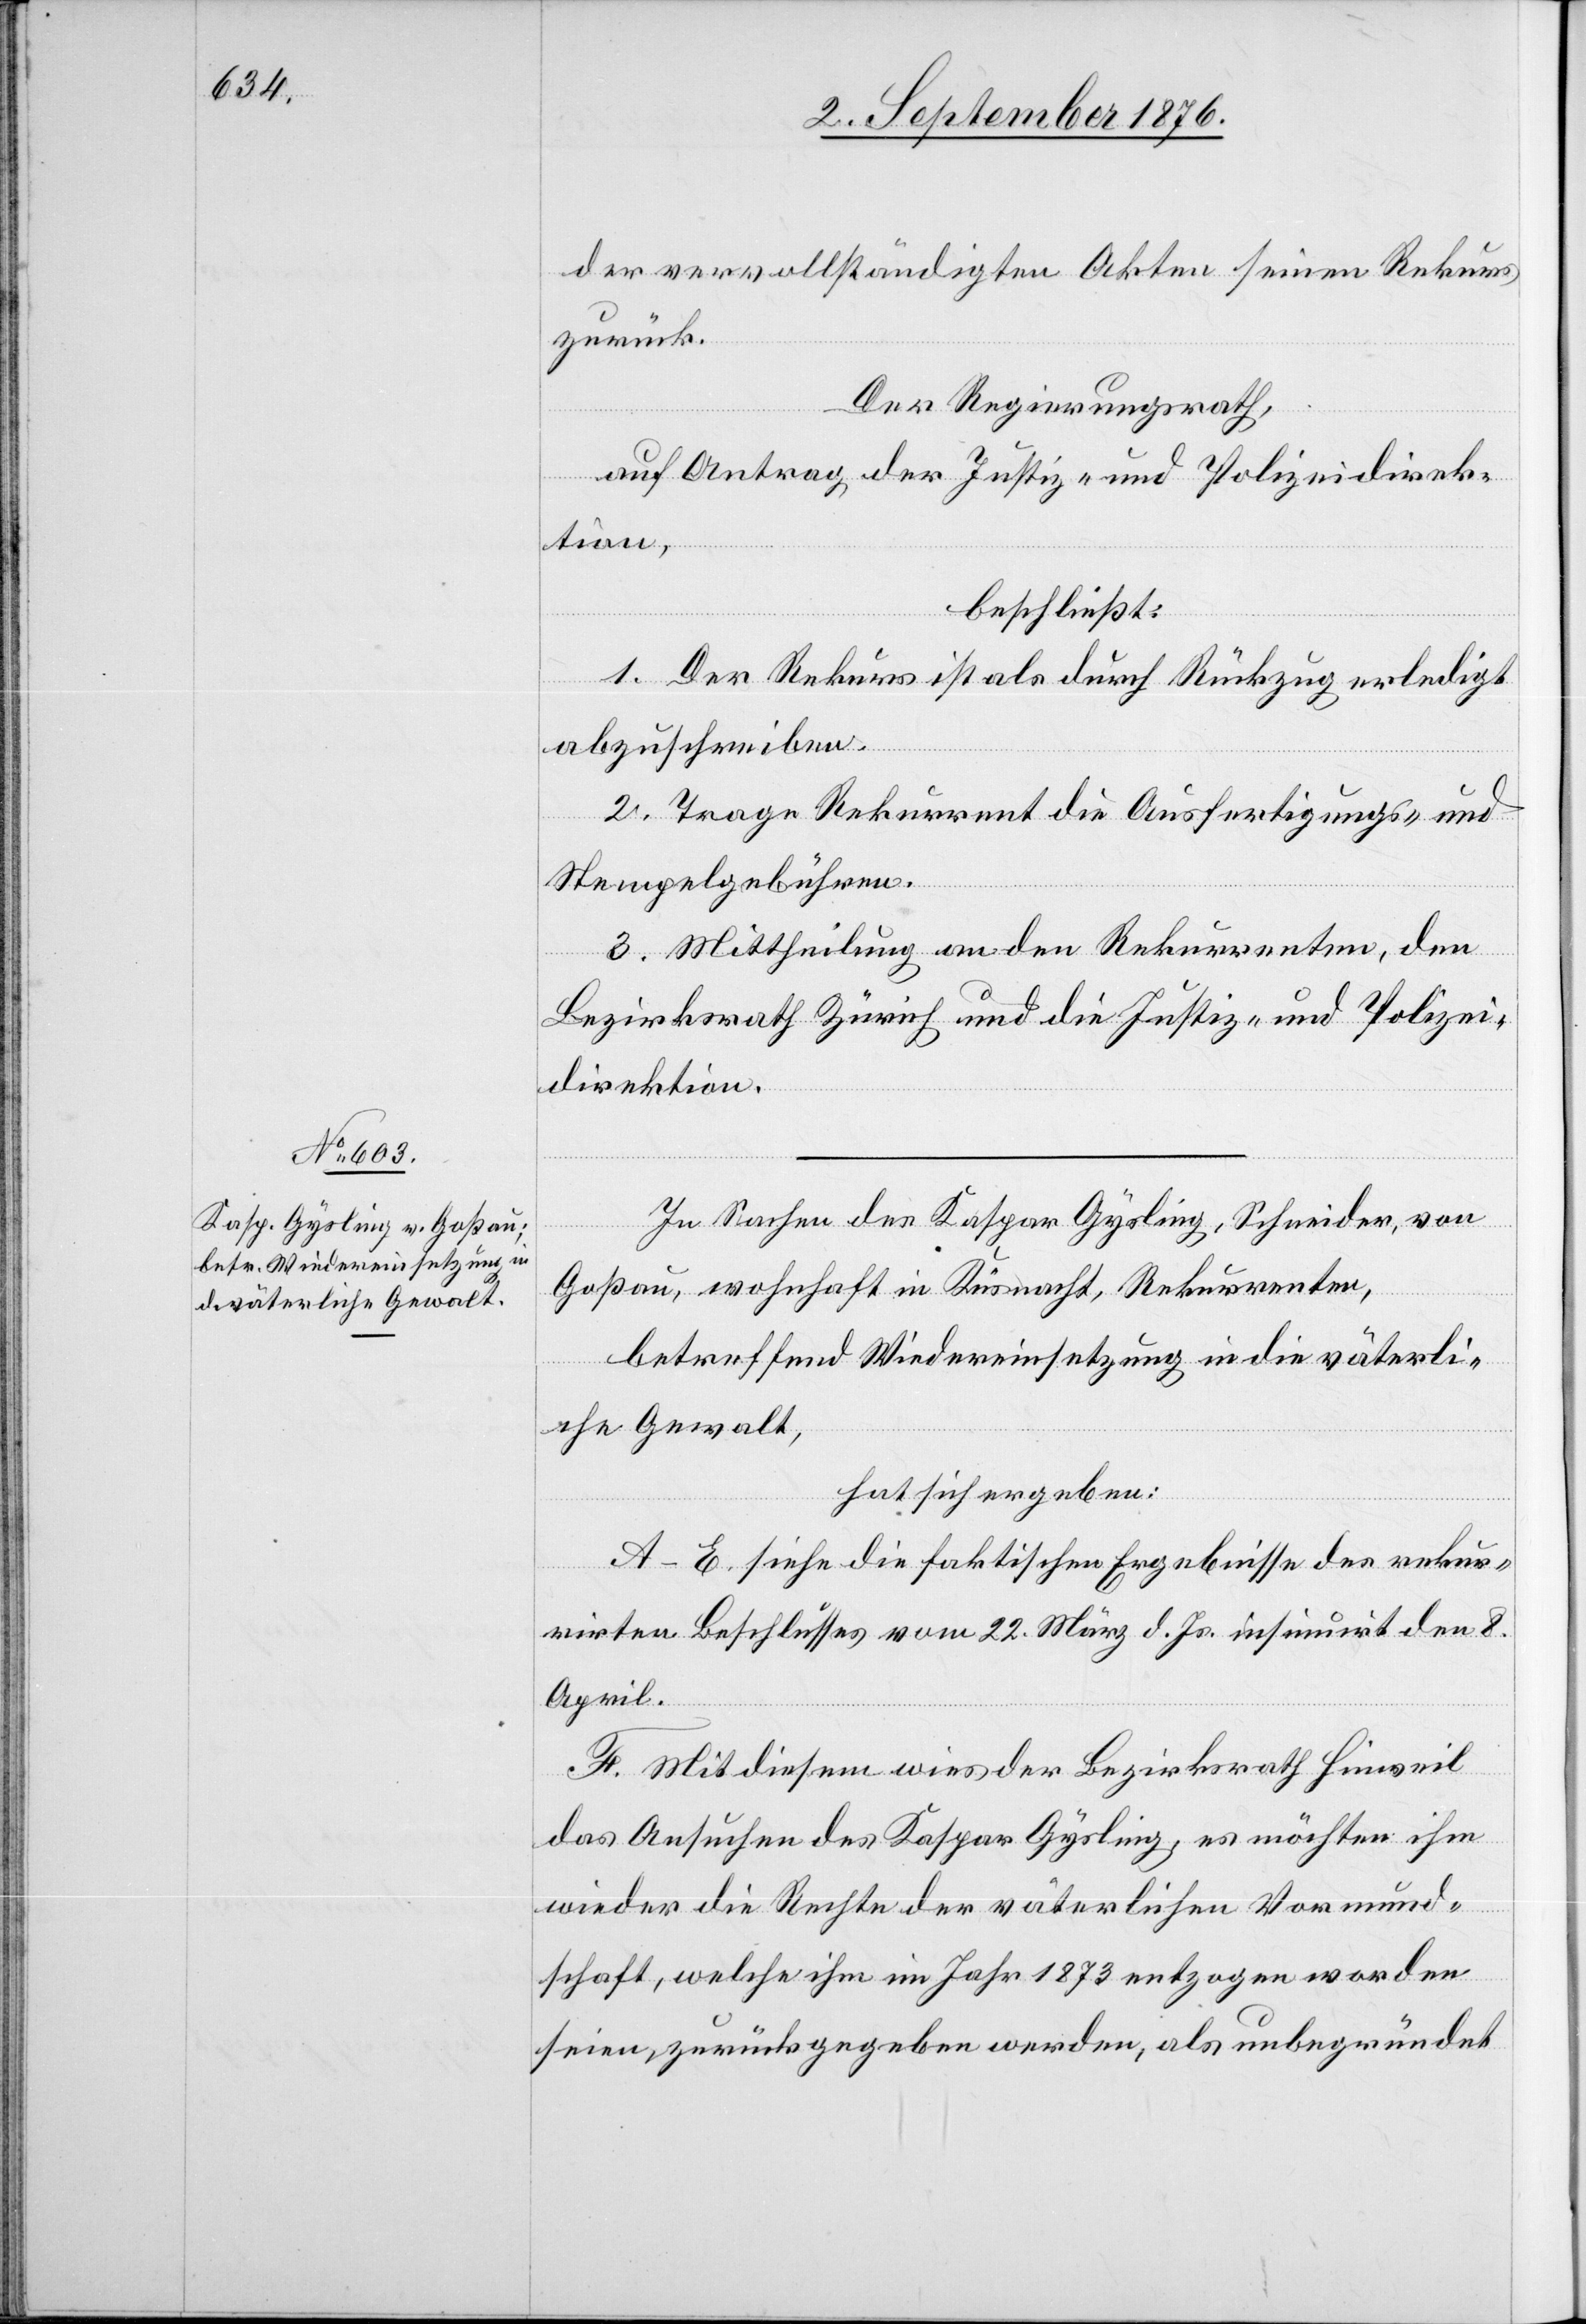
der vervollständigten Akten seinen Rekurs
zurück.
Der Regierungsrath,
auf Antrag der Justiz- und Polizeidirek¬
tion,
beschließt:
1. Der Rekurs ist als durch Rückzug erledigt
abzuschreiben.
2. Trage Rekurrent die Ausfertigungs- und
Stempelgebühren.
3. Mittheilung an den Rekurrenten, den
Bezirksrath Zürich und die Justiz- und Polizei¬
direktion.
In Sachen des Kaspar Gysling, Schneider, von
Goßau, wohnhaft in Küsnacht, Rekurrenten,
betreffend Wiedereinsetzung in die väterli¬
che Gewalt,
hat sich ergeben:
A–E. Siehe die faktischen Ergebnisse des rekur¬
rirten Beschlusses vom 22. März d. Js. insinuirt den 8.
April.
F. Mit diesem wies der Bezirksrath Hinweil
das Ansuchen des Kaspar Gysling, es möchten ihm
wieder die Rechte der väterlichen Vormund¬
schaft, welche ihm im Jahr 1873 entzogen worden
seien, zurückgegeben werden, als unbegründet